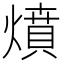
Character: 燌